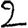
Digit: 2